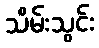
သိမ်းသွင်း